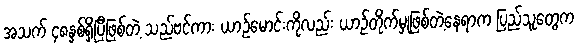
အသက် ၄၈နှစ်ရှိပြီဖြစ်တဲ့ သည်ဗင်ကား ယာဉ်မောင်းကိုလည်း ယာဉ်တိုက်မှုဖြစ်တဲ့နေရာက ပြည်သူတွေက